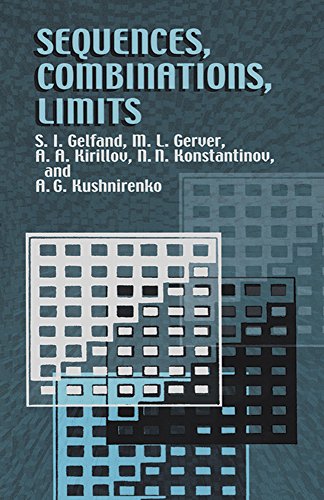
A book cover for Sequences, Combinations, Limits (Dover Books on Mathematics); S. I. Gelfand; Science & Math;